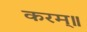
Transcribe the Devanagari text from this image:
करम्॥